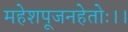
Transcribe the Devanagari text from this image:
महेशपूजनहेतोः।।